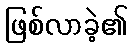
ဖြစ်လာခဲ့၏